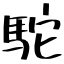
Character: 駝